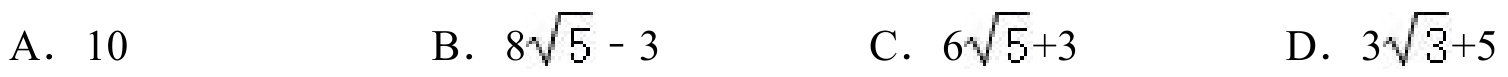
A. \(10\)  B. \(8\sqrt{5}-3\)  C. \(6\sqrt{5}+3\)  D. \(3\sqrt{3}+5\)